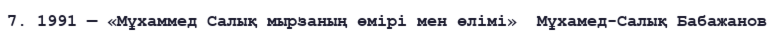
7. 1991 — «Мұхаммед Салық мырзаның өмірі мен өлімі»  Мұхамед-Салық Бабажанов